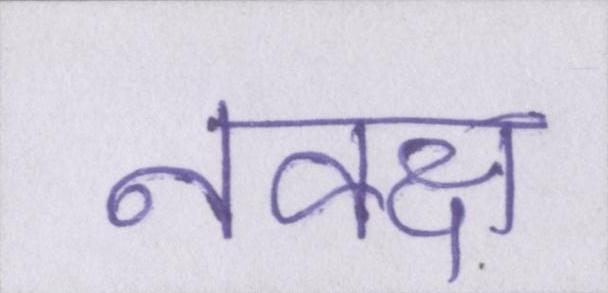
नक्क्ष